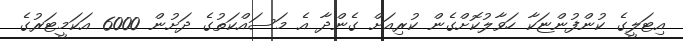
އިޓަލީގެ ކުންފުންޏަކާ ހަވާލުކޮށްގެން ކުރިއަށް ގެންދާ އެ މަސައްކަތުގެ ދަށުން 6000 އަކަމީޓަރުގެ